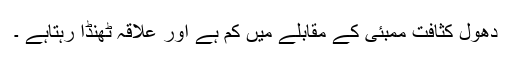
دھول کثافت ممبئی کے مقابلے میں کم ہے اور علاقہ ٹھنڈا رہتاہے ۔